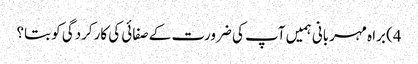
4) براہ مہربانی ہمیں آپ کی ضرورت کے صفائی کی کارکردگی کو بتا؟